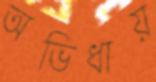
অভিধায়